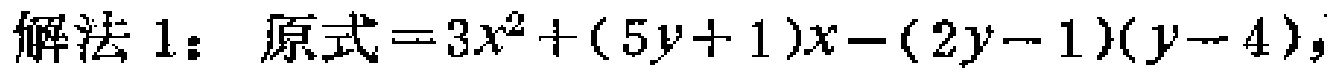
解法1：原式\(=3x^{2}+(5y + 1)x-(2y - 1)(y - 4)\)，